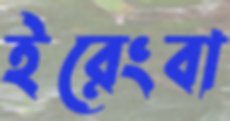
ইরেংবা